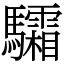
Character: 驦